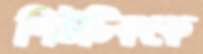
পিউটিককে